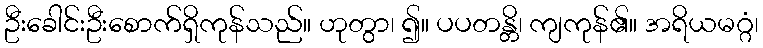
ဦးခေါင်းဦးစောက်ရှိကုန်သည်။ ဟုတွာ၊ ၍။ ပပတန္တိ၊ ကျကုန်၏။ အရိယမဂ္ဂံ၊